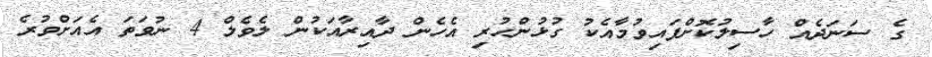
ގެ ސަނަދެއް ހާސިލުކޮށްފައިވުމާއެކު ގުޅުންހުރި އެހެން ދާއިރާއަކުން ލެވެލް 4 ނުވަތަ އެއަށްވުރެ